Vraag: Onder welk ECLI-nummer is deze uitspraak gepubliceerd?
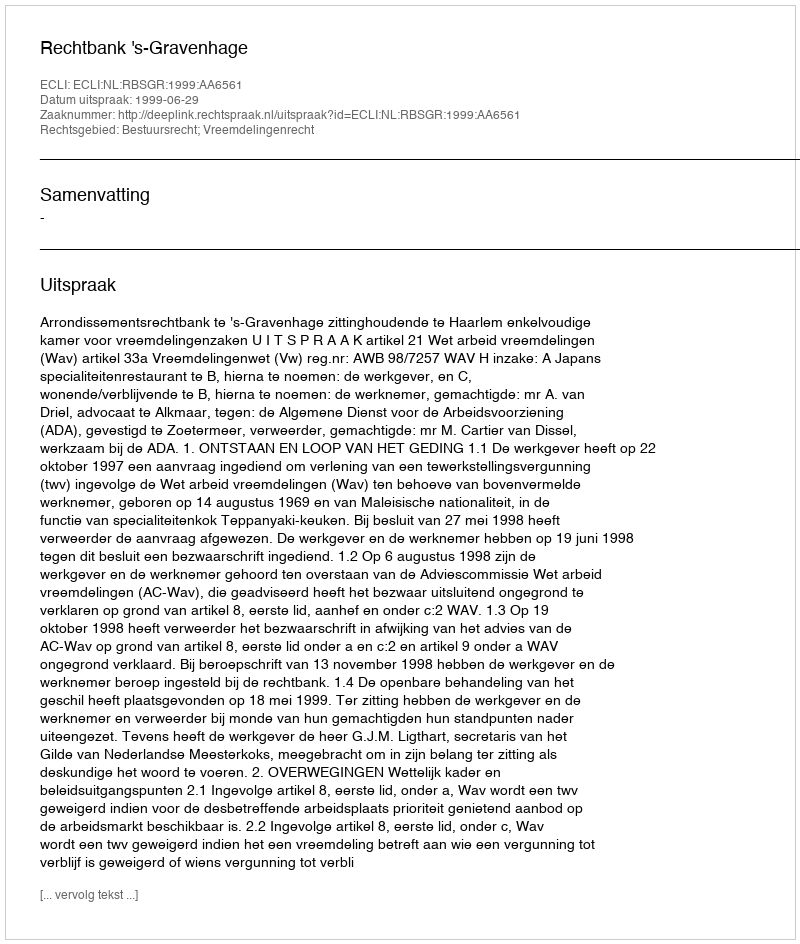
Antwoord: ECLI:NL:RBSGR:1999:AA6561